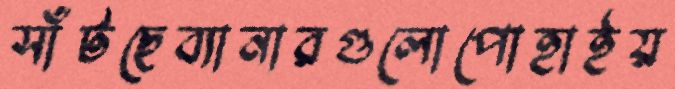
সাঁটছেব্যানারগুলোপোহাইয়